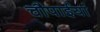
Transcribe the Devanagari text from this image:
चौपाईयां